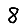
Digit: 8